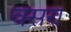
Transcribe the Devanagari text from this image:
वसरा